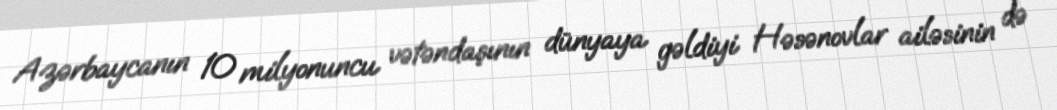
Azərbaycanın 10 milyonuncu vətəndaşının dünyaya gəldiyi Həsənovlar ailəsinin də